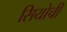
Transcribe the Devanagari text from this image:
सियोची